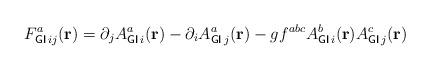
LaTeX: \begin{align*}F_{{\sf GI}\,ij}^{a}({\bf r})=\partial_jA_{{\sf GI}\,i}^{a}({\bf r})-\partial_iA_{{\sf GI}\,j}^{a}({\bf r})-gf^{abc}A_{{\sf GI}\,i}^{b}({\bf r})A_{{\sf GI}\,j}^{c}({\bf r})\end{align*}